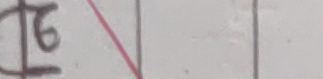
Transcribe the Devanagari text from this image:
६